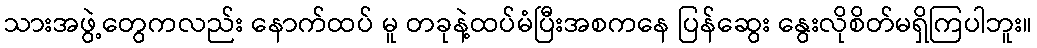
သားအဖွဲ့တွေကလည်း နောက်ထပ် မူ တခုနဲ့ထပ်မံပြီးအစကနေ ပြန်ဆွေး နွေးလိုစိတ်မရှိကြပါဘူး။